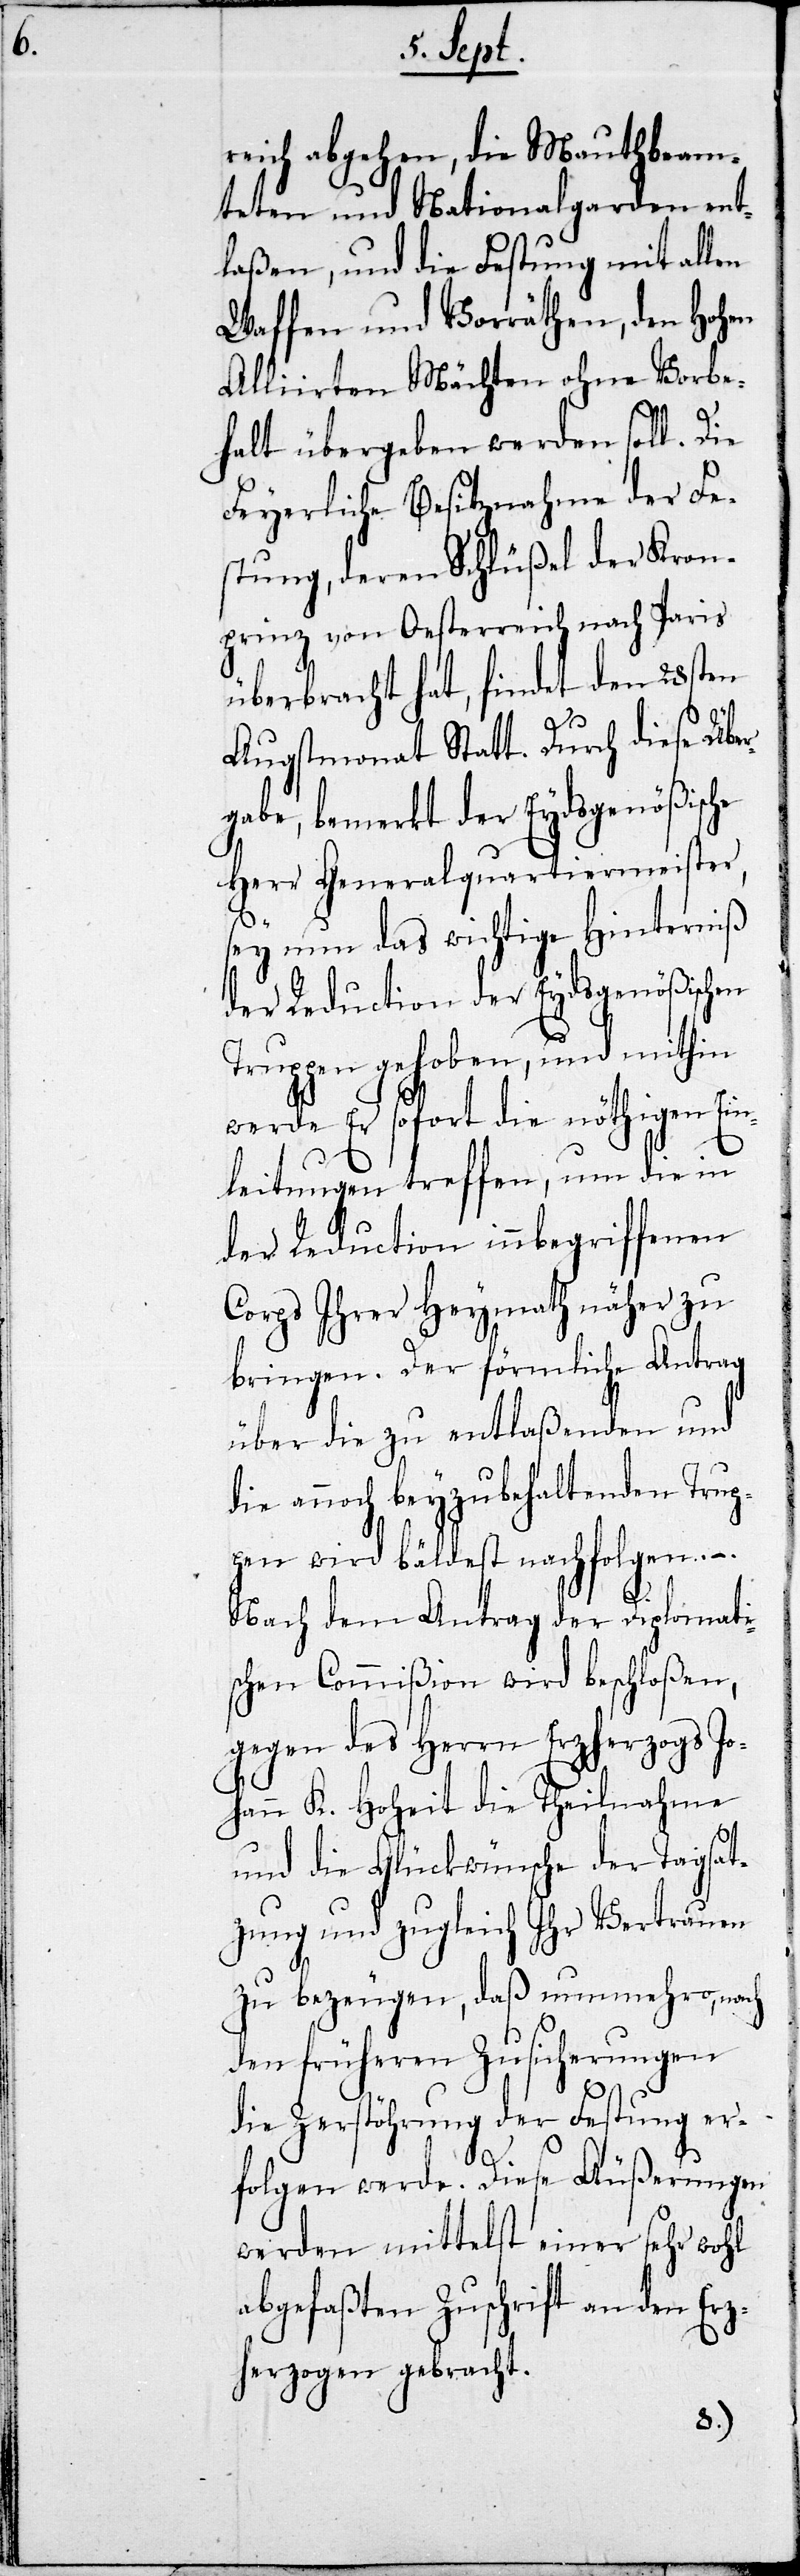
reich abgehen, die Mauthbeam¬
teten und Nationalgarden ent¬
laßen, und die Festung mit allen
Waffen und Vorräthen, den Hohen
Alliirten Mächten ohne Vorbe¬
halt übergeben werden soll. Die
Feyerliche Besitznahme der Fe¬
stung, deren Schlüßel der Kron¬
prinz von Oesterreich nach Paris
überbracht hat, findet den 28sten
Augstmonat Statt. Durch diese Übe¬
rgabe, bemerkt der Eydsgenößische
Herr Generalquartiermeister,
sey nun das wichtige Hinterniß
der Reduction der Eydsgenößischen
Truppen gehoben, und mithin
werde Er sofort die nöthigen Ein¬
leitungen treffen, um die in
der Reduction innbegriffenen
Corps Ihrer Heymath näher zu
bringen. Der förmliche Antrag
über die zu entlaßenden und
die annoch beyzubehaltenden Trup¬
pen wird bäldest nachfolgen. –.
Nach dem Antrag der Diplomati¬
schen Commißion wird beschloßen,
gegen des Herrn Erzherzogs Jo¬
hann K. Hoheit die Theilnahme
und die Glückwünsche der Tagsat¬
zung und zugleich Ihr Vertrauen
zu bezeugen, daß nunmehro, nach
den früheren Zusicherungen
die Zerstöhrung der Festung er¬
folgen werde. Diese Äußerungen
werden mittelst einer sehr wohl
abgefaßten Zuschrift an den Erz¬
herzogen gebracht.